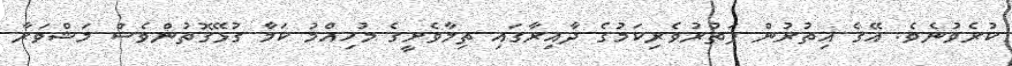
ކުރެވުނެވެ. އޭގެ އިތުރުން ފަތުރުވެރިކަމުގެ ދާއިރާގައި ތިމާވެށީގެ މުހިއްމު ކަމާ ގުޅޭގޮތުންވެސް މަޝްވަރާ